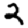
Digit: 2